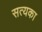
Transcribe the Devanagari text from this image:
सत्यका